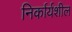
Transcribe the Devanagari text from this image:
निर्कार्यशील